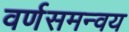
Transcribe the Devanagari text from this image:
वर्णसमन्वय